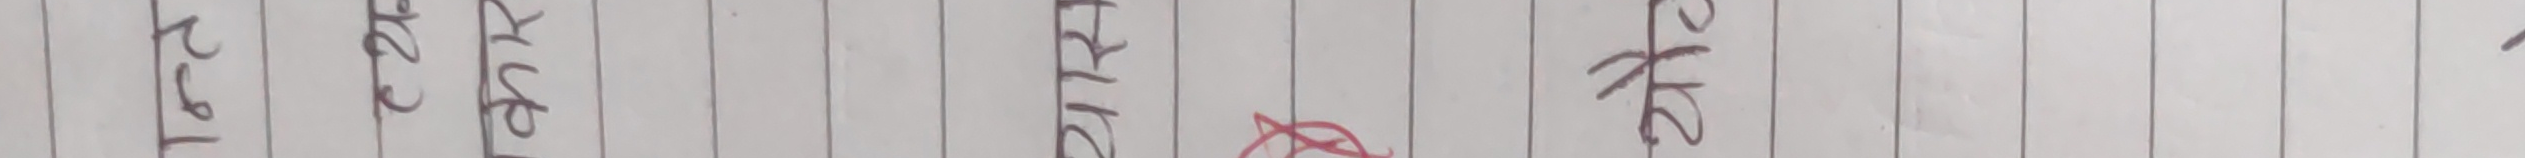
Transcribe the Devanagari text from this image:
पानी आज अस्ति आलस सक्छ